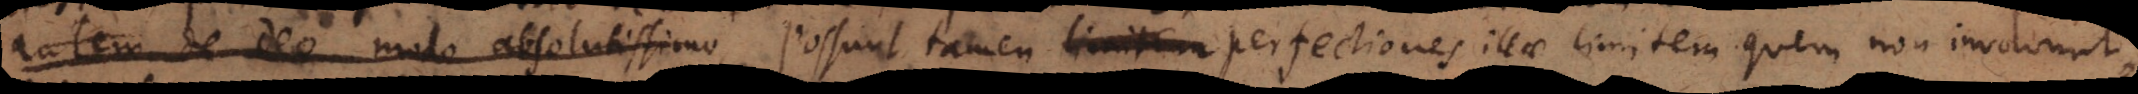
tem de Deo modo absolutissimo,. Possunt tamen limitem perfectiones illae limitem quem non involvunt,